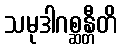
သမုဒါဂစ္ဆန္တီတိ